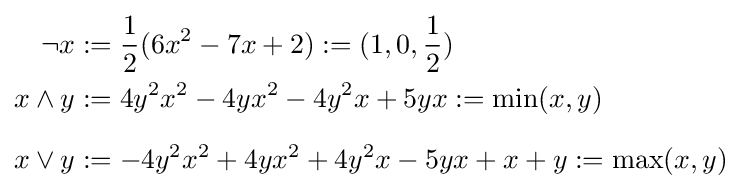
{\begin{aligned}{\neg }x&:={\frac {1}{2}}(6x^{2}-7x+2):=(1,0,{\frac {1}{2}})\\x\wedge y&:=4y^{2}x^{2}-4yx^{2}-4y^{2}x+5yx:=\min(x,y)\\[6pt]x\vee y&:=-4y^{2}x^{2}+4yx^{2}+4y^{2}x-5yx+x+y:=\max(x,y)\end{aligned}}